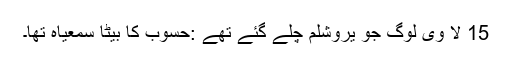
15 لا وی لوگ جو يروشلم چلے گئے تھے :حُسوب کا بیٹا سمعیاہ تھا۔